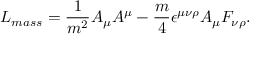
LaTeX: L _ { m a s s } = \frac { 1 } { m ^ { 2 } } A _ { \mu } A ^ { \mu } - \frac { m } { 4 } \epsilon ^ { \mu \nu \rho } A _ { \mu } F _ { \nu \rho } .